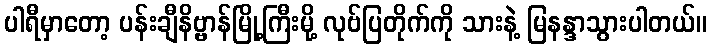
ပါရီမှာတော့ ပန်းချီနိဗ္ဗာန်မြို့ကြီးမို့ လုဗ်ပြတိုက်ကို သားနဲ့ မြနန္ဒာသွားပါတယ်။